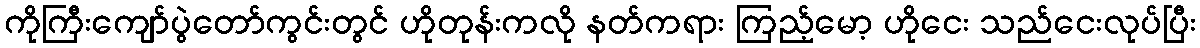
ကိုကြီးကျော်ပွဲတော်ကွင်းတွင် ဟိုတုန်းကလို နတ်ကရား ကြည့်မော့ ဟိုငေး သည်ငေးလုပ်ပြီး